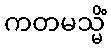
ကတမသ္မိံ